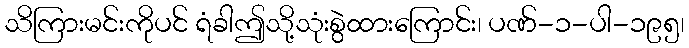
သိကြားမင်းကိုပင် ရံခါဤသို့သုံးစွဲထားကြောင်း၊ ပဏ်-၁-ပါ-၁၉၅၊